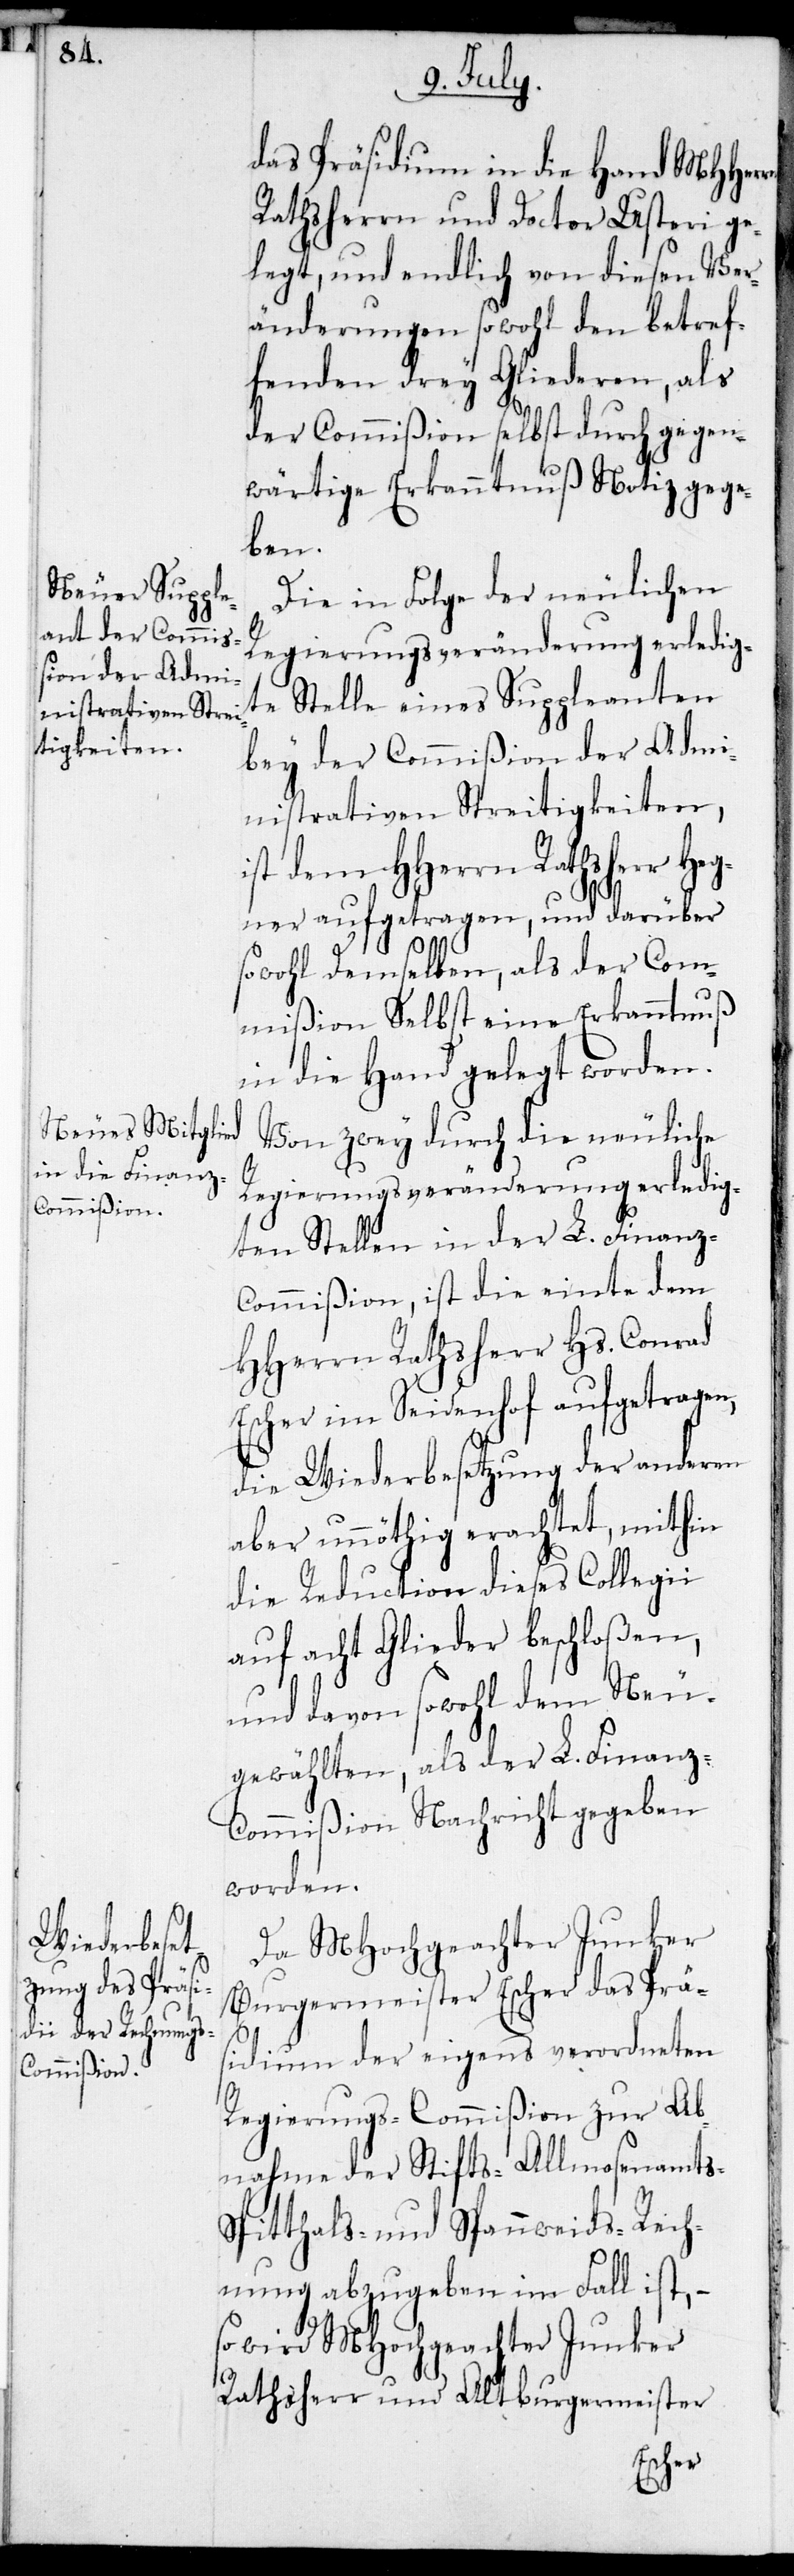
das Präsidium in die Hand MHHer¬
Rathsherrn und Doctor Usteri ge¬
legt, und endlich von diesen Ver¬
änderungen sowohl den betref¬
fenden drey Gliederen, als
der Commißion selbst durch gegen¬
wärtige Erkanntnuß Notiz gege¬
ben.
Die in Folge der neulichen
Regierungsveränderung erledigt¬
e Stelle eines Suppleanten
bey der Commißion der Admi¬
nistrativen Streitigkeiten,
ist dem HHerrn Rathsherr Heg¬
ner aufgetragen, und darüber
sowohl demselben, als der Com¬
mißion Selbst eine Erkanntnuß
in die Hand gelegt worden.
Von zwey durch die neuliche
Regierungsveränderung erledig¬
ten Stellen in der L. Finanz-C¬
ommißion, ist die einte dem
HHerrn Rathsherr Hs. Conrad
Escher im Seidenhof aufgetragen,
die Wiederbesetzung der anderen
aber unnöthig erachtet, mithin
die Reduction dieses Collegii
auf acht Glieder beschloßen,
und davon sowohl dem Neu¬
gewählten, als der L. Finanz-C¬
ommißion Nachricht gegeben
worden.
Da MHochgeachter Junker
Burgermeister Escher das Prä¬
sidium der eigens verordneten
Regierungs-Commißion zur Ab¬
nahme der Stifts-, Allmosenamts-,
Spitthals- und Spannweids-Rech¬
nung abzugeben im Fall ist, –
so wird MHocheachter Junker
Rathsherr und Altburgermiester